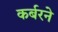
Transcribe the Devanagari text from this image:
कर्बरने